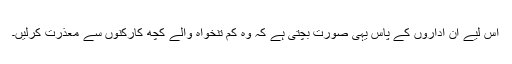
اس لیے ان اداروں کے پاس یہی صورت بچتی ہے کہ وہ کم تنخواہ والے کچھ کارکنوں سے معذرت کرلیں۔